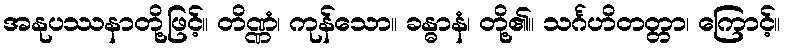
အနုပဿနာတို့ဖြင့်။ တိဏ္ဏံ၊ ကုန်သော။ ခန္ဓာနံ၊ တို့၏။ သင်္ဂဟိတတ္တာ၊ ကြောင့်။